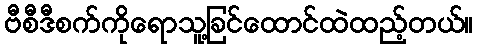
ဗီစီဒီစက်ကိုရောသူ့ခြင်ထောင်ထဲထည့်တယ်။